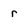
Character: r